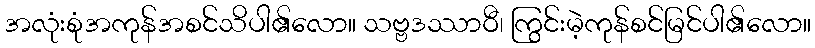
အလုံးစုံအကုန်အစင်သိပါ၏လော။ သဗ္ဗဒဿာဝီ၊ ကြွင်းမဲ့ကုန်စင်မြင်ပါ၏လော။